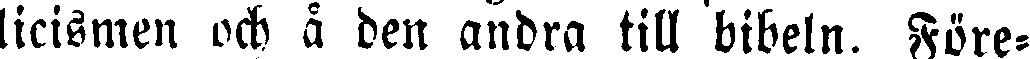
licismen och å den andra till bibeln. Före-